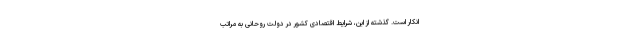
انکار است. گذشته از این، شرایط اقتصادی کشور در دولت روحانی به مراتب